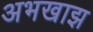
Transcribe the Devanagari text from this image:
अभखाझ